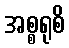
အစ္စရုစိ